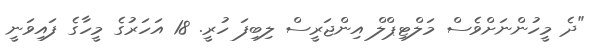
"ދެ މީހުންނަށްވެސް މަލްޓިޕްލް އިންޖަރީސް ލިބިފަ ހުރީ. 18 އަހަރުގެ މީހާގެ ފައިވަނީ